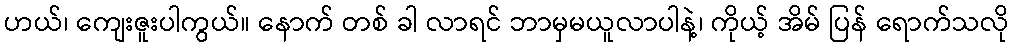
ဟယ်၊ ကျေးဇူးပါကွယ်။ နောက် တစ် ခါ လာရင် ဘာမှမယူလာပါနဲ့၊ ကိုယ့် အိမ် ပြန် ရောက်သလို